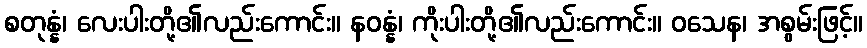
စတုန္နံ၊ လေးပါးတို့၏လည်းကောင်း။ နဝန္နံ၊ ကိုးပါးတို့၏လည်းကောင်း။ ဝသေန၊ အစွမ်းဖြင့်။